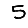
Digit: 5